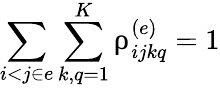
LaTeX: \sum_{i<j\in e}\sum_{k,q=1}^{K}\uprho_{ijkq}^{(e)}=1